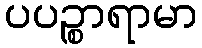
ပပဉ္စာရာမာ